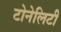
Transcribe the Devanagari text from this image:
टोनेलिटी